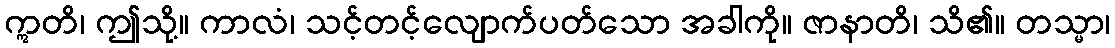
ဣတိ၊ ဤသို့။ ကာလံ၊ သင့်တင့်လျောက်ပတ်သော အခါကို။ ဇာနာတိ၊ သိ၏။ တသ္မာ၊